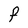
Character: F